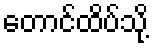
တောင်ထိပ်သို့